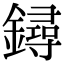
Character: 鐞